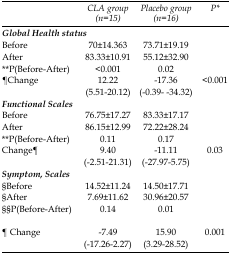
<table><thead><tr><td></td><td><b><i>CLA group (n=15)</i></b></td><td><b><i>Placebo group (n=16)</i></b></td><td><b><i>P</i>*</b></td></tr></thead><tbody><tr><td><i><b>Global Health status</b></i></td><td></td><td></td><td></td></tr><tr><td>Before</td><td>70±14.363</td><td>73.71±19.19</td><td></td></tr><tr><td>After</td><td>83.33±10.91</td><td>55.12±32.90</td><td></td></tr><tr><td>**P(Before-After)</td><td>&lt;0.001</td><td>0.02</td><td></td></tr><tr><td>¶Change</td><td>12.22(5.51-20.12)</td><td>-17.36(-0.39- -34.32)</td><td>&lt;0.001</td></tr><tr><td><i><b>Functional Scales</b></i></td><td></td><td></td><td></td></tr><tr><td>Before</td><td>76.75±17.27</td><td>83.33±17.17</td><td></td></tr><tr><td>After</td><td>86.15±12.99</td><td>72.22±28.24</td><td></td></tr><tr><td>**P(Before-After)</td><td>0.11</td><td>0.17</td><td></td></tr><tr><td>Change¶</td><td>9.40(-2.51-21.31)</td><td>-11.11(-27.97-5.75)</td><td>0.03</td></tr><tr><td><i><b>Symptom, Scales</b></i></td><td></td><td></td><td></td></tr><tr><td>§Before</td><td>14.52±11.24</td><td>14.50±17.71</td><td></td></tr><tr><td>§After</td><td>7.69±11.62</td><td>30.96±20.57</td><td></td></tr><tr><td>§§P(Before-After)</td><td>0.14</td><td>0.01</td><td></td></tr><tr><td>¶ Change</td><td>-7.49(-17.26-2.27)</td><td>15.90(3.29-28.52)</td><td>0.001</td></tr></tbody></table>